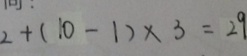
2 + ( 1 0 - 1 ) \times 3 = 2 9